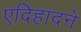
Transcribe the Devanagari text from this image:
एदिहादने